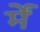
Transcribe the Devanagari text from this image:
र्में